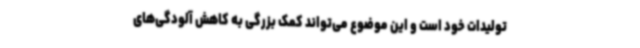
تولیدات خود است و این موضوع می‌تواند کمک بزرگی به کاهش آلودگی‌های